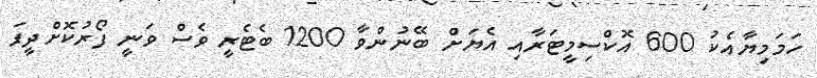
ހަމަމިޔާއެކު 600 އޮކްސިމީޓަރާއި އެޔަށް ބޭނުންވާ 1200 ބެޓެރީ ވެސް ވަނީ ފޯރުކޮށްދީފަ